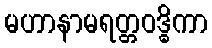
မဟာနာမရတ္တဝဒ္ဓိကာ